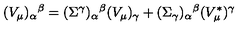
( V _ { \mu } ) _ { \alpha } { } ^ { \beta } = ( \Sigma ^ { \gamma } ) _ { \alpha } { } ^ { \beta } ( V _ { \mu } ) _ { \gamma } + ( \Sigma _ { \gamma } ) _ { \alpha } { } ^ { \beta } ( V _ { \mu } ^ { * } ) ^ { \gamma }